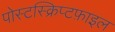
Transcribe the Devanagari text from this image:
पोस्टस्क्रिप्टफ़ाइल